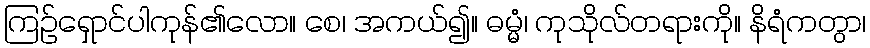
ကြဉ်ရှောင်ပါကုန်၏လော။ စေ၊ အကယ်၍။ ဓမ္မံ၊ ကုသိုလ်တရားကို။ နိရံကတွာ၊